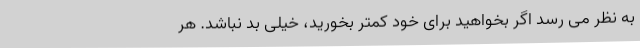
به نظر می رسد اگر بخواهید برای خود کمتر بخورید، خیلی بد نباشد. هر